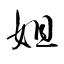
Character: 妲